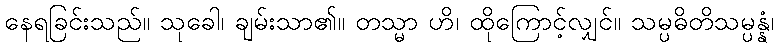
နေရခြင်းသည်။ သုခေါ၊ ချမ်းသာ၏။ တသ္မာ ဟိ၊ ထိုကြောင့်လျှင်။ သမ္ပဓိတိသမ္ပန္နံ၊